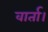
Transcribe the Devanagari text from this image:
वार्ता।